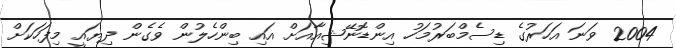
2004 ވަނަ އަހަރުގެ ޑިސެމްބަރުމަހު އިންޑޮނޭޝިއާއަށް އައި ބިންހެލުން ވެގެން ދިޔައީ މިފަހަކަށް